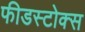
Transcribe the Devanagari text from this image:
फीडस्टोक्स